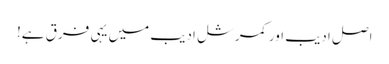
اصل ادیب اور کمرشل ادیب میں یہی فرق ہے!